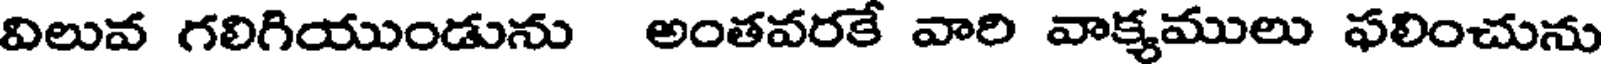
విలువ గలిగియుండును అంతవరకే వారి వాక్యములు ఫలించును